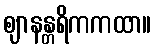
ဈာနန္တရိကကထာ။